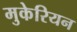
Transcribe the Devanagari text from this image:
मुकेरियन